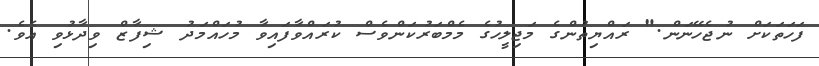
ފަހަތަކަށް ނުޖެހޭނަން." ރައްޔިތުންގެ މަޖިލީހުގެ މެމްބަރުކަންވެސް ކުރައްވާފައިވާ މުހައްމަދު ޝިފާޒް ވިދާޅުވި އެވެ.